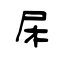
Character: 曐